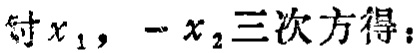
对\(x_1\)，\(-x_2\)三次方得：